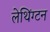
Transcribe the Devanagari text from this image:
लेथिंग्टन